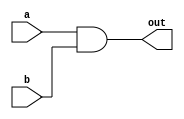
module AND(
  output wire out,
  input wire a,
  input wire b
  
);
  assign out = a & b;
endmodule

module NOT(
  output wire out,
  input wire a

);
  assign out = ~a;
endmodule

module OR(
  output wire out,
  input wire a,
  input wire b
);
  assign out = a | b;
endmodule


module mux2to1 (in,sel,out);
    input [1:0]in;
    input sel;
    output out;
    wire t1,t2,t3;

    NOT G1(t1,sel);
    AND G2(t2,in[0],t1);
    AND G3(t3,in[1],sel);
    OR G4(out,t2,t3);
    
endmodule